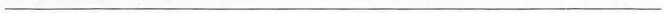
___